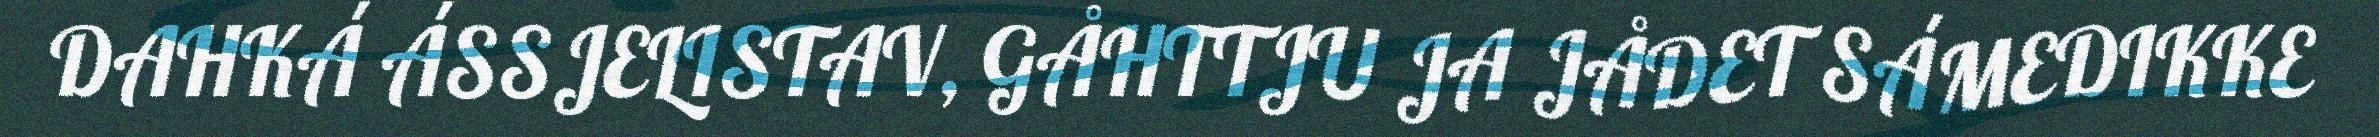
DAHKÁ ÁSSJELISTAV, GÅHTTJU JA JÅDET SÁMEDIKKE